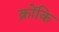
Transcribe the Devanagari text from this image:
क्रोंकि